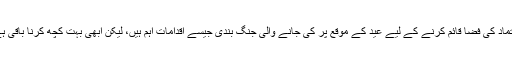
اعتماد کی فضا قائم کرنے کے لیے عید کے موقع پر کی جانے والی جنگ بندی جیسے اقدامات اہم ہیں، لیکن ابھی بہت کچھ کرنا باقی ہے۔